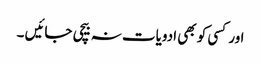
اور کسی کو بھی ادویات نہ بیچی جائیں ۔